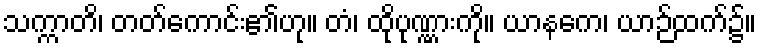
သက္ကာတိ၊ တတ်ကောင်း၏ဟု။ တံ၊ ထိုပုဏ္ဏားကို။ ယာနကေ၊ ယာဉ်ထက်၌။